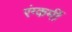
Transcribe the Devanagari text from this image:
रंग्कर्मी